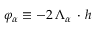
\varphi _ { \alpha } \equiv - 2 \, \Lambda _ { \alpha } \, \cdot \, h